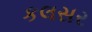
કલસર